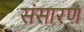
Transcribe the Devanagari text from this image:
संसारण